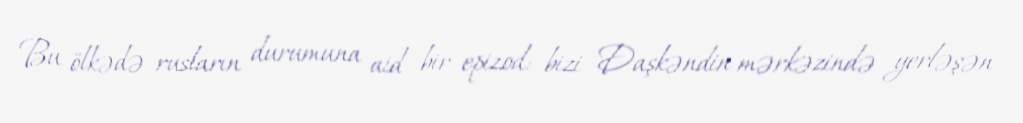
Bu ölkədə rusların durumuna aid bir epizod: bizi Daşkəndin mərkəzində yerləşən